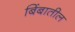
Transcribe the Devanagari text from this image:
बिंबातील